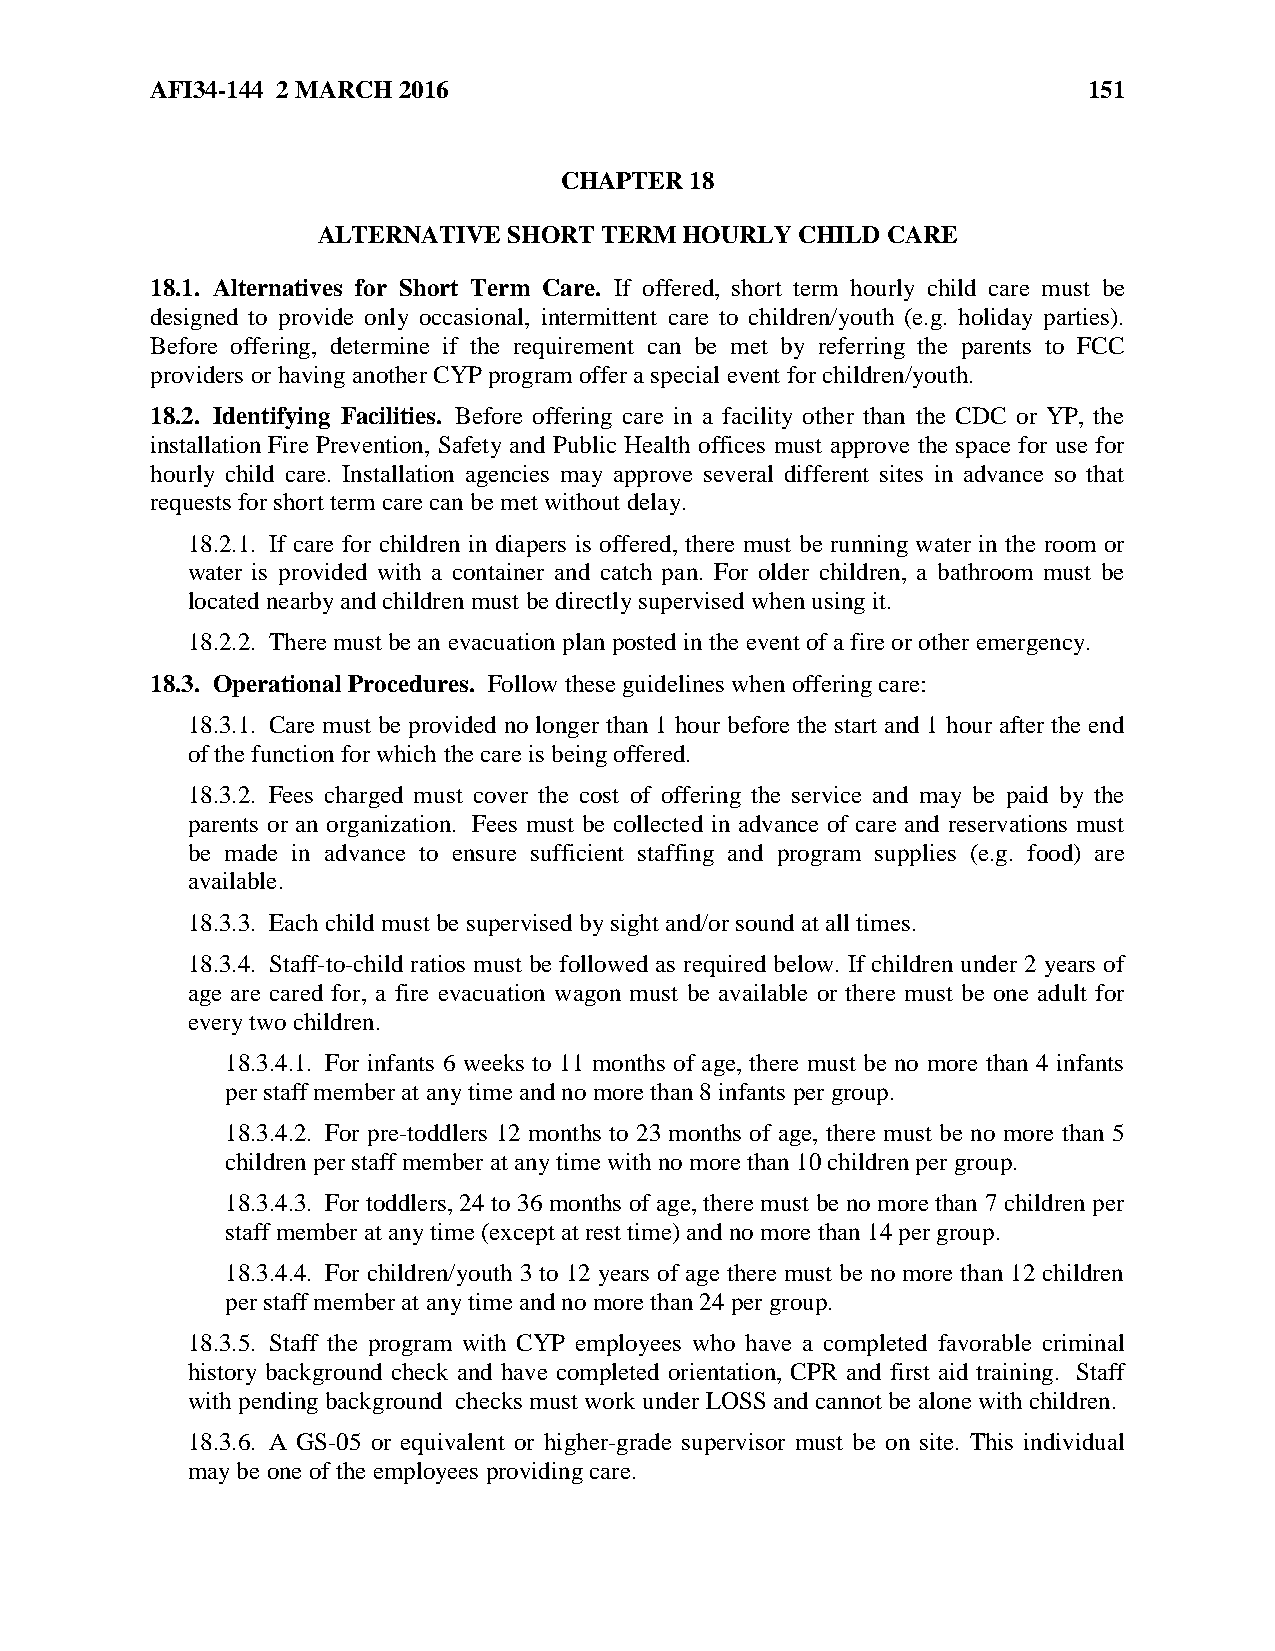
AFI34-144 2 MARCH 2016                                        151
 CHAPTER  18
 ALTERNATIVE  SHORT TERM HOURLY  CHILD CARE
 18.1. Alternatives for Short Term Care. If offered, short term hourly child care must be
 designed to provide only occasional, intermittent care to children/youth (e.g. holiday parties).
 Before offering, determine if the requirement can be met by referring the parents to FCC
 providers or having another CYP program offer a special event for children/youth.
 18.2. Identifying Facilities. Before offering care in a facility other than the CDC or YP, the
 installation Fire Prevention, Safety and Public Health offices must approve the space for use for
 hourly child care. Installation agencies may approve several different sites in advance so that
 requests for short term care can be met without delay.
 18.2.1. If care for children in diapers is offered, there must be running water in the room or
 water is provided with a container and catch pan. For older children, a bathroom must be
 located nearby and children must be directly supervised when using it.
 18.2.2. There must be an evacuation plan posted in the event of a fire or other emergency.
 18.3. Operational Procedures. Follow these guidelines when offering care:
 18.3.1. Care must be provided no longer than 1 hour before the start and 1 hour after the end
 of the function for which the care is being offered.
 18.3.2. Fees charged must cover the cost of offering the service and may be paid by the
 parents or an organization. Fees must be collected in advance of care and reservations must
 be made in advance to ensure sufficient staffing and program supplies (e.g. food) are
 available.
 18.3.3. Each child must be supervised by sight and/or sound at all times.
 18.3.4. Staff-to-child ratios must be followed as required below. If children under 2 years of
 age are cared for, a fire evacuation wagon must be available or there must be one adult for
 every two children.
 18.3.4.1. For infants 6 weeks to 11 months of age, there must be no more than 4 infants
 per staff member at any time and no more than 8 infants per group.
 18.3.4.2. For pre-toddlers 12 months to 23 months of age, there must be no more than 5
 children per staff member at any time with no more than 10 children per group.
 18.3.4.3. For toddlers, 24 to 36 months of age, there must be no more than 7 children per
 staff member at any time (except at rest time) and no more than 14 per group.
 18.3.4.4. For children/youth 3 to 12 years of age there must be no more than 12 children
 per staff member at any time and no more than 24 per group.
 18.3.5. Staff the program with CYP employees who have a completed favorable criminal
 history background check and have completed orientation, CPR and first aid training. Staff
 with pending background checks must work under LOSS and cannot be alone with children.
 18.3.6. A GS-05 or equivalent or higher-grade supervisor must be on site. This individual
 may be one of the employees providing care.